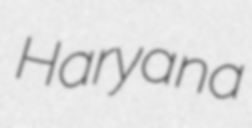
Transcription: Haryana